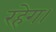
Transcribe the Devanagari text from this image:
रहेग।